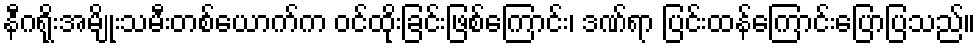
နီဂရိုးအမျိုးသမီးတစ်ယောက်က ဝင်ထိုးခြင်းဖြစ်ကြောင်း၊ ဒဏ်ရာ ပြင်းထန်ကြောင်းပြောပြသည်။